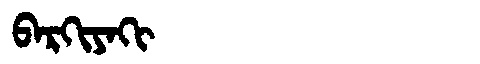
Manchu: ᠪᠠᡵᡴᡳᠶᠠᡴᡳ
Romanization: BARKIYAKI